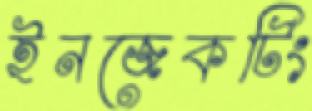
ইনজেকটিং